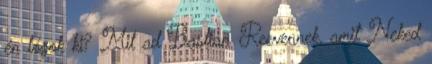
én lógok ki? Mit ad Bastian Reevennek, amit Neked